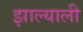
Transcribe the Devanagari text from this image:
झाल्याली